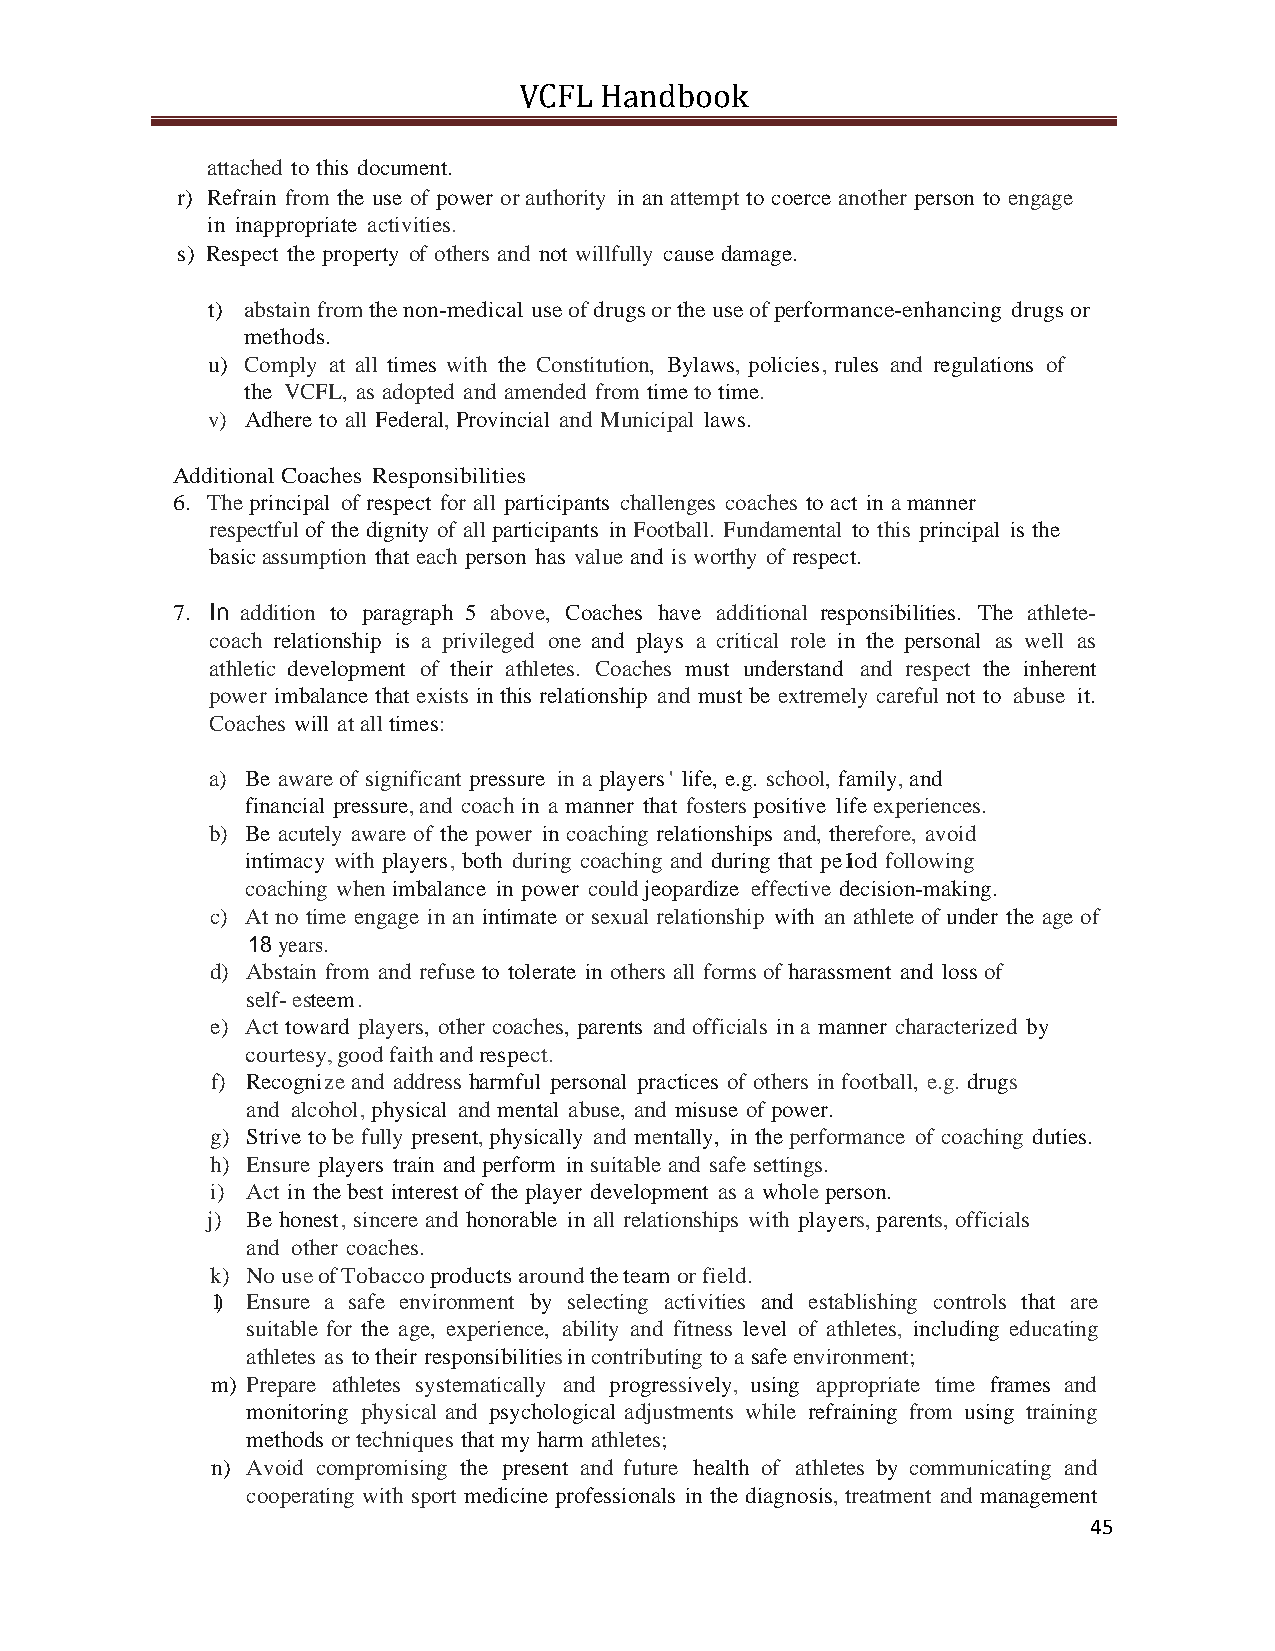
VCFL  Handbook
 attached to this document.
 r) Refrain from the use of power or authority in an attempt to coerce another person to engage
 in inappropriate activities.
 s) Respect the property of others and not willfully cause damage.
 t) abstain from the non-medical use of drugs or the use of performance-enhancing drugs or
 methods.
 u) Comply at all times with the Constitution, Bylaws, policies, rules and regulations of
 the VCFL, as adopted and amended from time to time.
 v) Adhere to all Federal, Provincial and Municipal laws.
 Additional Coaches Responsibilities
 6. The principal of respect for all participants challenges coaches to act in a manner
 respectful of the dignity of all participants in Football. Fundamental to this principal is the
 basic assumption that each person has value and is worthy of respect.
 7. In addition to paragraph 5 above, Coaches have additional responsibilities. The athlete-
 coach relationship is a privileged one and plays a critical role in the personal as well as
 athletic development of their athletes. Coaches must understand and respect the inherent
 power imbalance that exists in this relationship and must be extremely careful not to abuse it.
 Coaches will at all times:
 a) Be aware of significant pressure in a players ' life, e.g. school, family, and
 financial pressure, and coach in a manner that fosters positive life experiences.
 b) Be acutely aware of the power in coaching relationships and, therefore, avoid
 intimacy with players, both during coaching and during that pe1iod following
 coaching when imbalance in power could jeopardize effective decision-making.
 c) At no time engage in an intimate or sexual relationship with an athlete of under the age of
 18 years.
 d) Abstain from and refuse to tolerate in others all forms of harassment and loss of
 self- esteem.
 e) Act toward players, other coaches, parents and officials in a manner characterized by
 courtesy, good faith and respect.
 f) Recognize and address harmful personal practices of others in football, e.g. drugs
 and alcohol, physical and mental abuse, and misuse of power.
 g) Strive to be fully present, physically and mentally, in the performance of coaching duties.
 h) Ensure players train and perform in suitable and safe settings.
 i) Act in the best interest of the player development as a whole person.
 j) Be honest, sincere and honorable in all relationships with players, parents, officials
 and other coaches.
 k) No use of Tobacco products around the team or field.
 1) Ensure a safe environment by selecting activities and establishing controls that are
 suitable for the age, experience, ability and fitness level of athletes, including educating
 athletes as to their responsibilities in contributing to a safe environment;
 m) Prepare athletes systematically and progressively, using appropriate time frames and
 monitoring physical and psychological adjustments while refraining from using training
 methods or techniques that my harm athletes;
 n) Avoid compromising the present and future health of athletes by communicating and
 cooperating with sport medicine professionals in the diagnosis, treatment and management
 45